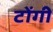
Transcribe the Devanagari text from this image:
टोंगी